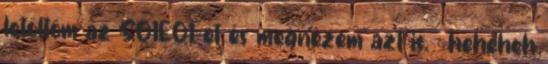
letöltöm az S01E01-et és megnézem azt is. : heheheh